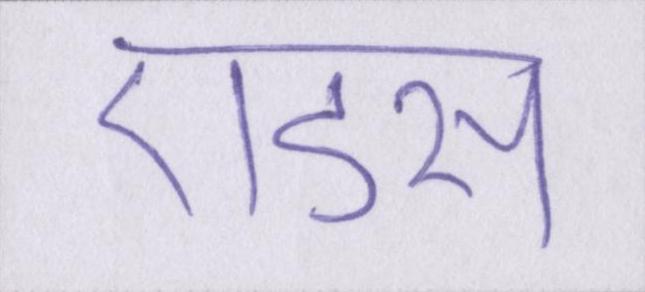
एडस